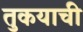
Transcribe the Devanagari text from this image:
तुकयाची